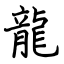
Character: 龍